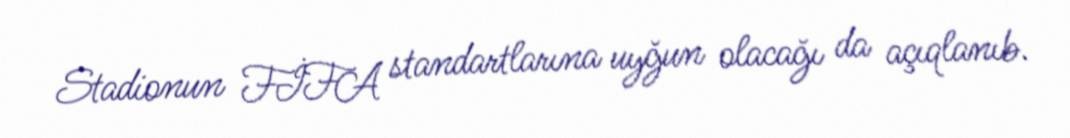
Stadionun FİFA standartlarına uyğun olacağı da açıqlanıb.